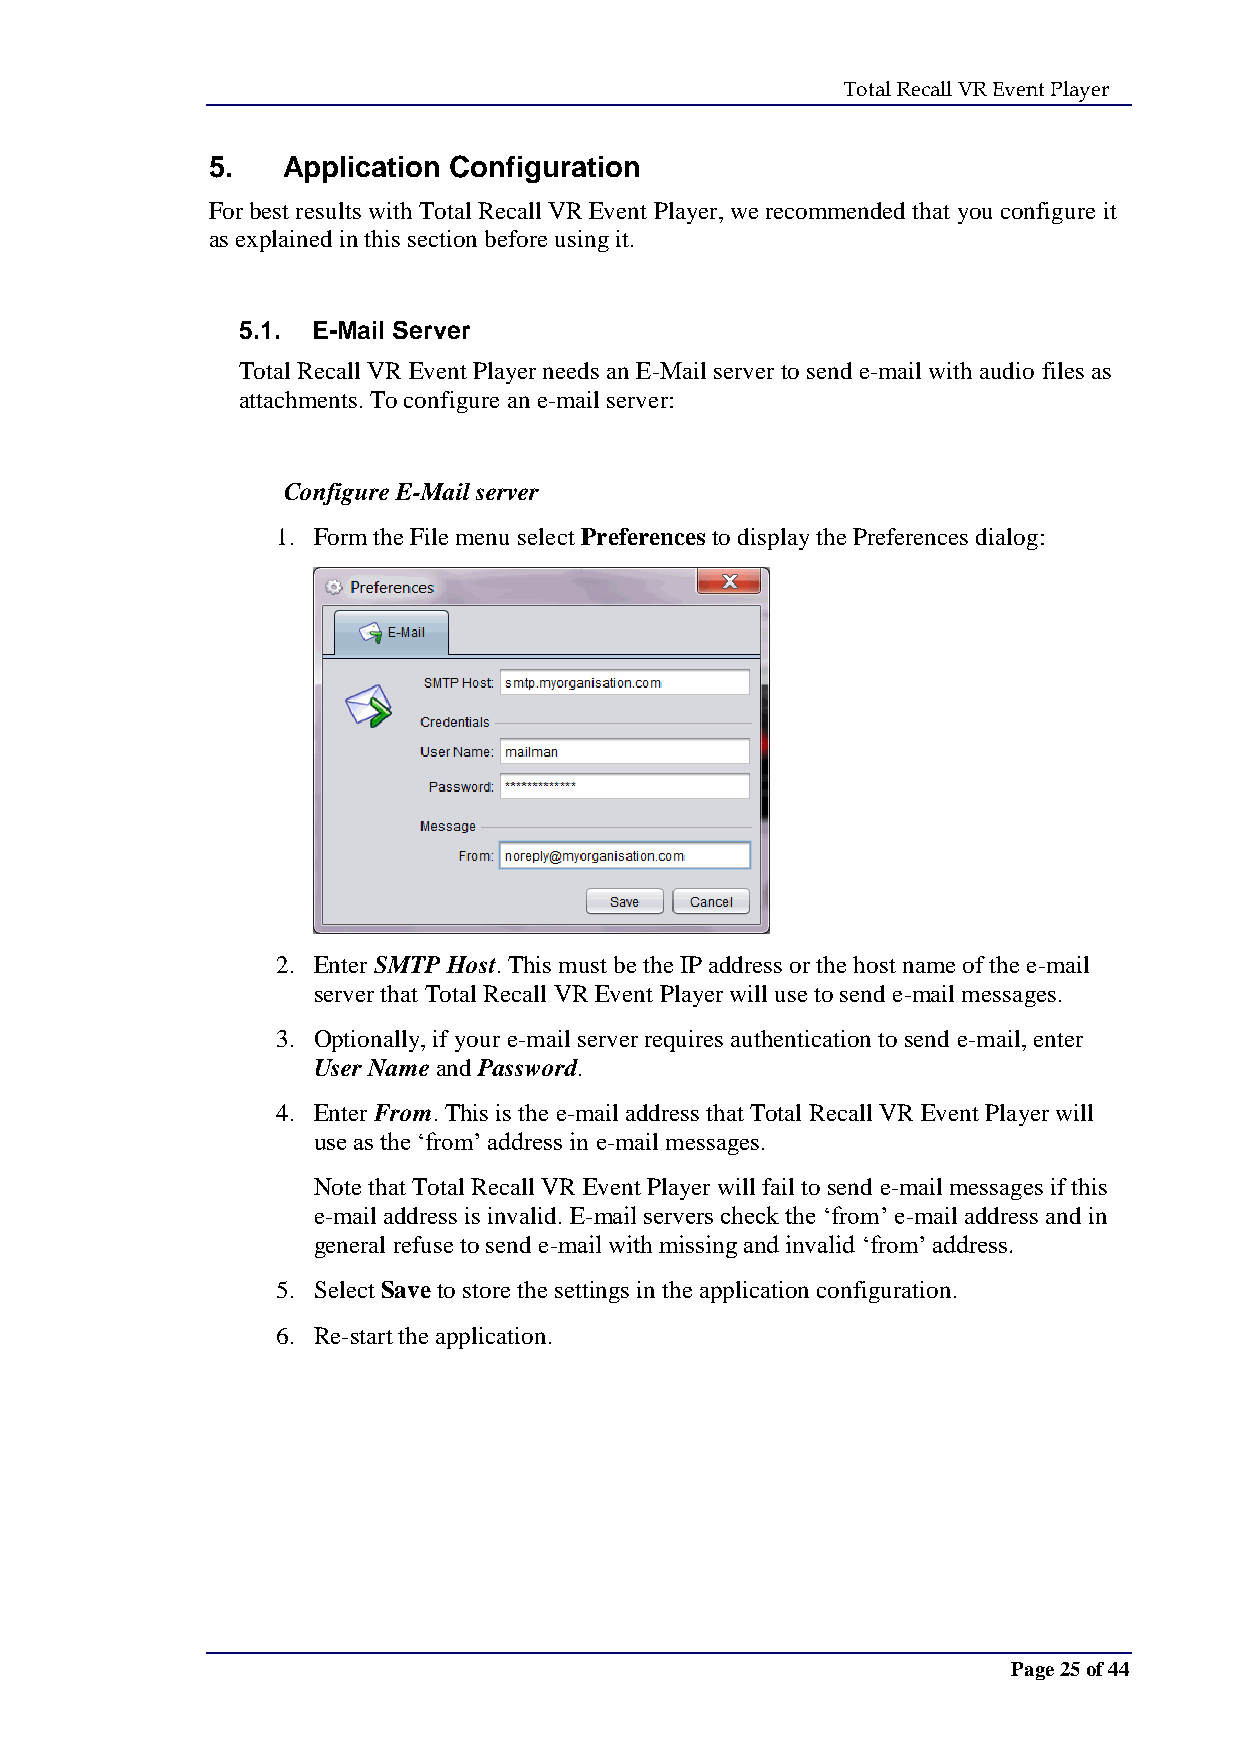
Total Recall VR Event Player
 5.   Application Configuration
 For best results with Total Recall VR Event Player, we recommended that you configure it
 as explained in this section before using it.
 5.1. E-Mail Server
 Total Recall VR Event Player needs an E-Mail server to send e-mail with audio files as
 attachments. To configure an e-mail server:
 Configure E-Mail server
 1. Form the File menu select Preferences to display the Preferences dialog:
 2. Enter SMTP Host. This must be the IP address or the host name of the e-mail
 server that Total Recall VR Event Player will use to send e-mail messages.
 3. Optionally, if your e-mail server requires authentication to send e-mail, enter
 User Name and Password.
 4. Enter From. This is the e-mail address that Total Recall VR Event Player will
 use as the ‘from’ address in e-mail messages.
 Note that Total Recall VR Event Player will fail to send e-mail messages if this
 e-mail address is invalid. E-mail servers check the ‘from’ e-mail address and in
 general refuse to send e-mail with missing and invalid ‘from’ address.
 5. Select Save to store the settings in the application configuration.
 6. Re-start the application.
 Page 25 of 44